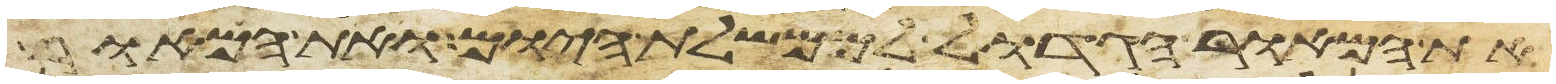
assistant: את המאור הגדול לממשלת היום ואת המאור